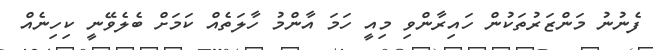
ފެނުނު މަންޒަރުތަކުން ހައިރާންވި މިއީ ހަމަ އާންމު ހާލަތެއް ކަމަށް ބެލެވޭނީ ކިހިނެއް